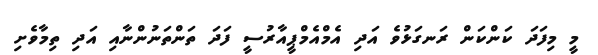
މީ މިފަދަ ކަންކަން ރަނގަޅުވެ އަދި އެމްއެމްޕީއާރުސީ ފަދަ ތަންތަނުންނާއި އަދި ތިމާވެށި